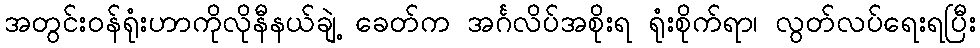
အတွင်းဝန်ရုံးဟာကိုလိုနီနယ်ချဲ့ ခေတ်က အင်္ဂလိပ်အစိုးရ ရုံးစိုက်ရာ၊ လွတ်လပ်ရေးရပြီး